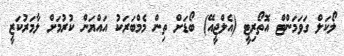
ލޯކަލް ގަވަމަންޓް އޮތޯރިޓީ (އެލްޖީއޭ) ބޯޑަށް ތިން މެމްބަރަކު އައްޔަން ކުރުމަށް ލާމަރުކަޒީ